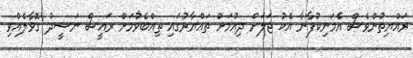
ރައްޔިތުންވެސް އެމަނިކުފާނާ އެކު ޖަލަށް ދިއުމަށް ތައްޔާރުގައި ތިއްބެވުމަށް ރައީސް ނަޝީދު ގޮވާލެއްވި